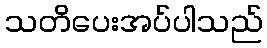
သတိပေးအပ်ပါသည်